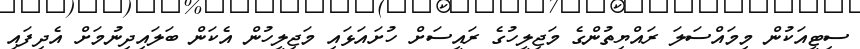
ސިޓީއަކުން މިމައްސަލަ ރައްޔިތުންގެ މަޖިލީހުގެ ރައީސަށް ހުށައަޅައި މަޖިލީހުން އެކަން ބަލައިދިނުމަށް އެދިފައި